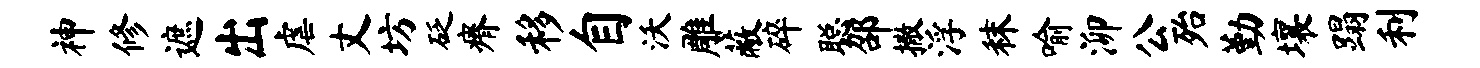
神修遮出虐丈坊砭瘠移自沃雕蔽碎聪邵撒浮秣喻泖公殆勤壤蹋利